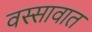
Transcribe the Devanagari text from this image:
वस्सावात